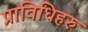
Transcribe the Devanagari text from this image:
प्राविधिहरु